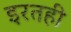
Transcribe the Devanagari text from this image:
इरतही